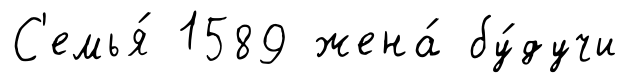
С'емья́ 1589 жена́ бу́дучи